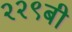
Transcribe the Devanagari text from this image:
२२९बी